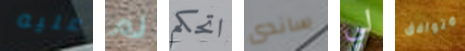
عليه لم اتحكم ساندى لي متوافق